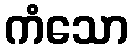
ကံသော